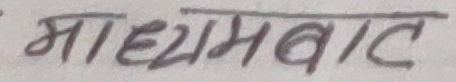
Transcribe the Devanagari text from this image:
माध्यमबाट